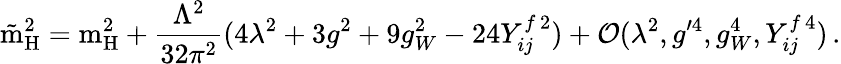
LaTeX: \mathrm{\tilde{m}_{H}^{2}=m_{\mathrm{H}}^{2}}+\frac{\Lambda^{2}}{32\pi^{2}}(4\lambda^{2}+3g^{2}+9g_{W}^{2}-24Y_{ij}^{f\, 2})+\mathcal{O}(\lambda^{2},g^{\prime 4},g_{W}^{4},Y_{ij}^{f\, 4})\, .